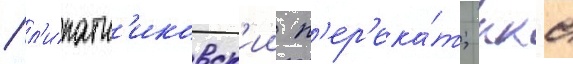
/ л'ипатн'иковск'ии п'ер'ека́т; ккс